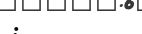
: